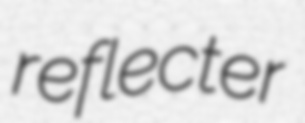
reflecter